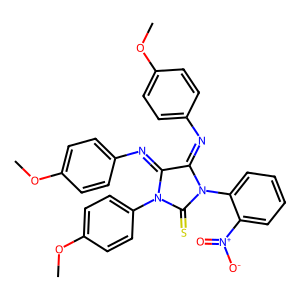
SMILES: COc1ccc(N=C2C(=Nc3ccc(OC)cc3)N(c3ccccc3[N+](=O)[O-])C(=S)N2c2ccc(OC)cc2)cc1
Inhibits HIV replication: No